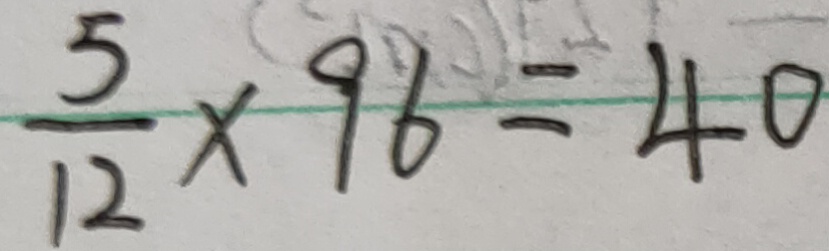
\frac { 5 } { 1 2 } \times 9 6 = 4 0